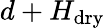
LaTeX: d+H_{\mathrm{dry}}